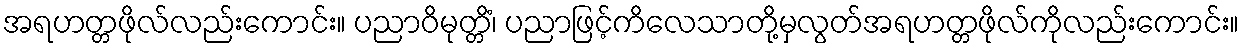
အရဟတ္တဖိုလ်လည်းကောင်း။ ပညာဝိမုတ္တိံ၊ ပညာဖြင့်ကိလေသာတို့မှလွတ်အရဟတ္တဖိုလ်ကိုလည်းကောင်း။